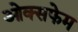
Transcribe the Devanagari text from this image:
ओक्सफेम